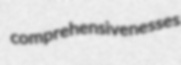
comprehensivenesses